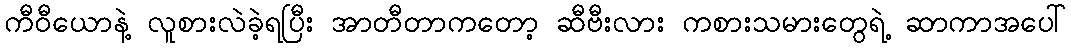
ကီဝီယောနဲ့ လူစားလဲခဲ့ရပြီး အာတီတာကတော့ ဆီဗီးလား ကစားသမားတွေရဲ့ ဆာကာအပေါ်